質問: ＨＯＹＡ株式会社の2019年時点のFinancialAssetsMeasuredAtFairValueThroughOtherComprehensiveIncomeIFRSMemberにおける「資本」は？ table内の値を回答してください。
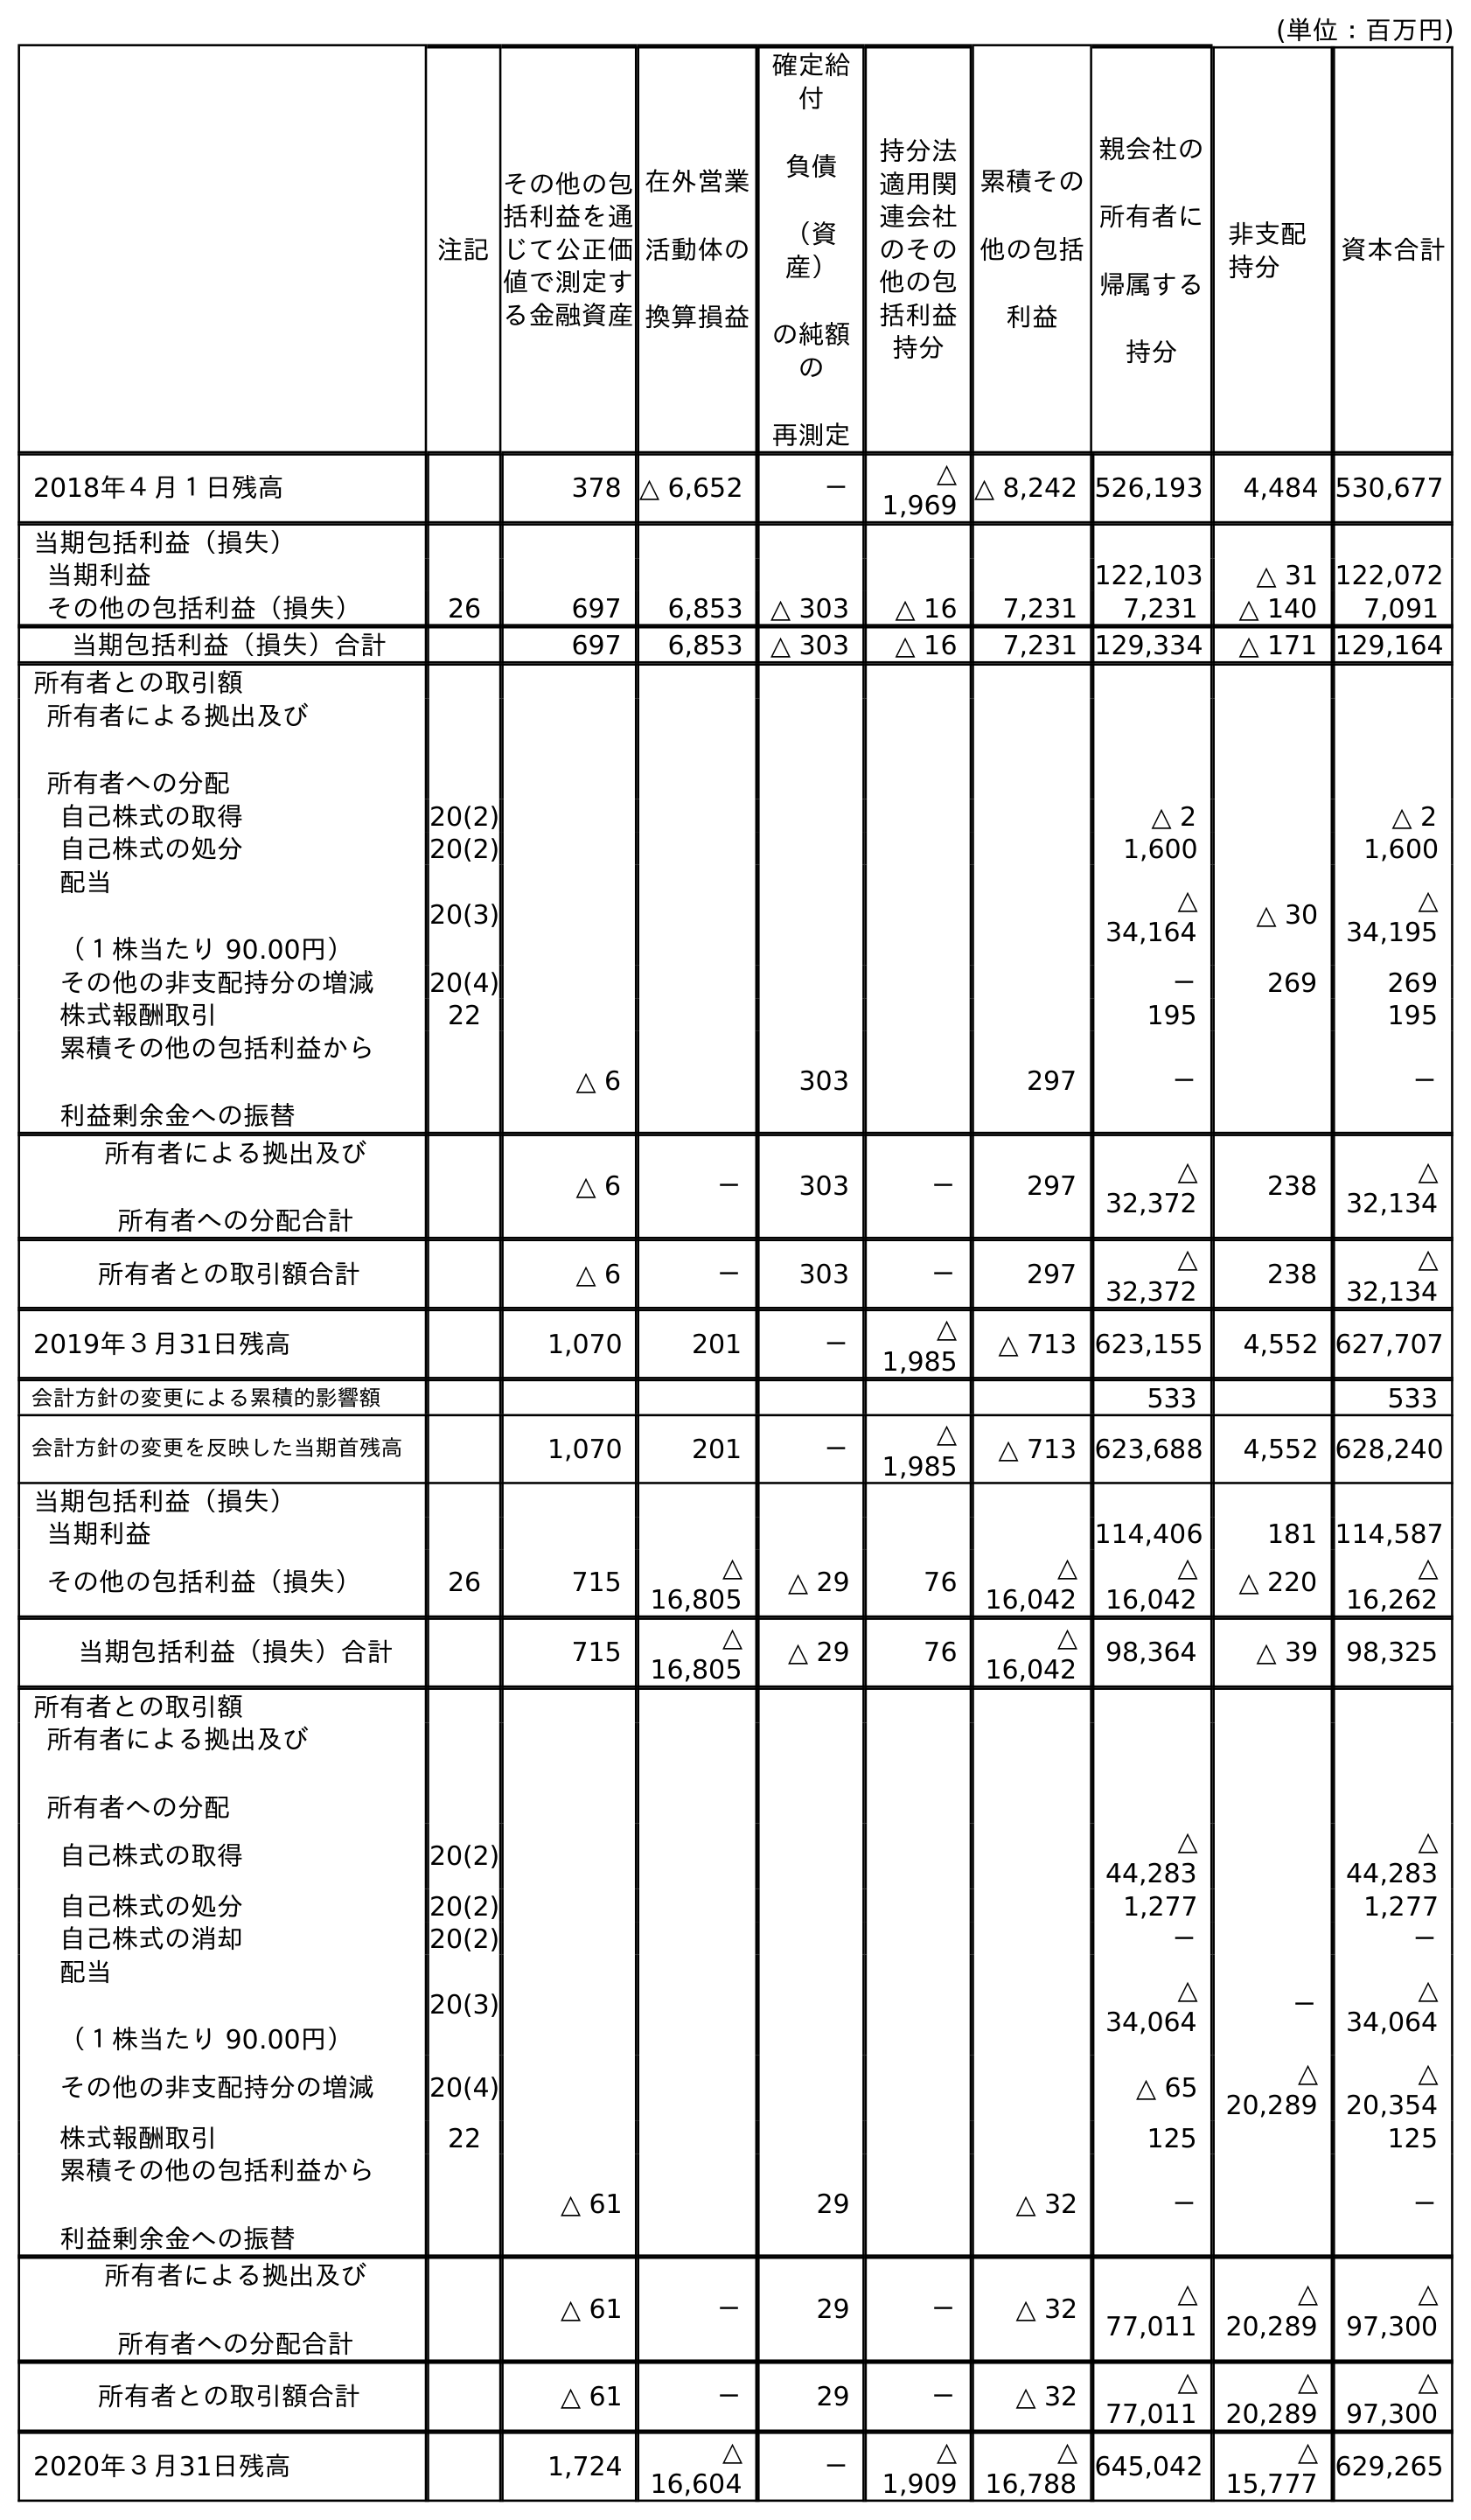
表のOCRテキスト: (単位：百万円) 注記 親会社の 所有者に 帰属する 持分 非支配 持分 資本合計 その他の包 括利益を通 じて公正価 値で測定す る金融資産 在外営業 活動体の 換算損益 確定給 付 負債 （資 産） の純額 の 再測定 持分法 適用関 連会社 のその 他の包 括利益 持分 累積その 他の包括 利益 2018年４月１日残高 378 △ 6,652 － △ 1,969 △ 8,242 526,193 4,484 530,677 当期包括利益（損失） 当期利益 122,103 △ 31 122,072 その他の包括利益（損失） 26 697 6,853 △ 303 △ 16 7,231 7,231 △ 140 7,091 当期包括利益（損失）合計 697 6,853 △ 303 △ 16 7,231 129,334 △ 171 129,164 所有者との取引額 所有者による拠出及び 所有者への分配 自己株式の取得 20(2) △ 2 △ 2 自己株式の処分 20(2) 1,600 1,600 配当 （１株当たり 90.00円） 20(3) △ 34,164 △ 30 △ 34,195 その他の非支配持分の増減 20(4) － 269 269 株式報酬取引 22 195 195 累積その他の包括利益から 利益剰余金への振替 △ 6 303 297 － － 所有者による拠出及び 所有者への分配合計 △ 6 － 303 － 297 △ 32,372 238 △ 32,134 所有者との取引額合計 △ 6 － 303 － 297 △ 32,372 238 △ 32,134 2019年３月31日残高 1,070 201 － △ 1,985 △ 713 623,155 4,552 627,707 会計方針の変更による累積的影響額 533 533 会計方針の変更を反映した当期首残高 1,070 201 － △ 1,985 △ 713 623,688 4,552 628,240 当期包括利益（損失） 当期利益 114,406 181 114,587 その他の包括利益（損失） 26 715 △ 16,805 △ 29 76 △ 16,042 △ 16,042 △ 220 △ 16,262 当期包括利益（損失）合計 715 △ 16,805 △ 29 76 △ 16,042 98,364 △ 39 98,325 所有者との取引額 所有者による拠出及び 所有者への分配 自己株式の取得 20(2) △ 44,283 △ 44,283 自己株式の処分 20(2) 1,277 1,277 自己株式の消却 20(2) － － 配当 （１株当たり 90.00円） 20(3) △ 34,064 － △ 34,064 その他の非支配持分の増減 20(4) △ 65 △ 20,289 △ 20,354 株式報酬取引 22 125 125 累積その他の包括利益から 利益剰余金への振替 △ 61 29 △ 32 － － 所有者による拠出及び 所有者への分配合計 △ 61 － 29 － △ 32 △ 77,011 △ 20,289 △ 97,300 所有者との取引額合計 △ 61 － 29 － △ 32 △ 77,011 △ 20,289 △ 97,300 2020年３月31日残高 1,724 △ 16,604 － △ 1,909 △ 16,788 645,042 △ 15,777 629,265
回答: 1,070